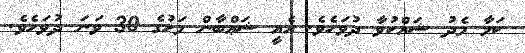
ކަމާ މެދު ޝައްކުވާ ދުވަހެވެ. އެއީ ޝަޢްބާން މަހުގެ 30 ވަނަ ދުވަހެވެ.